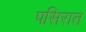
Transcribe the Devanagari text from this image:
पसिरात